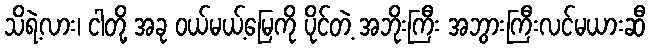
သိရဲ့လား၊ ငါတို့ အခု ဝယ်မယ့်မြေကို ပိုင်တဲ့ အဘိုးကြီး အဘွားကြီးလင်မယားဆီ